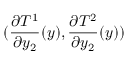
( \frac { \partial T ^ { 1 } } { \partial y _ { 2 } } ( y ) , \frac { \partial T ^ { 2 } } { \partial y _ { 2 } } ( y ) )